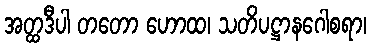
အတ္ထဒီပါ တတော ဟောထ၊ သတိပဋ္ဌာနဂေါစရာ၊